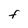
Character: F